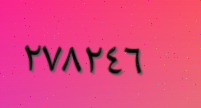
٢٧٨٢٤٦